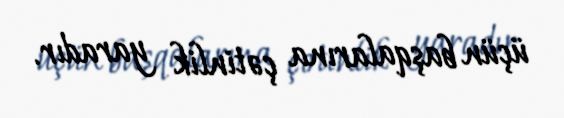
üçün başqalarına çətinlik yaradır.